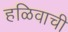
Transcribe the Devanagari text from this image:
हळिवाची